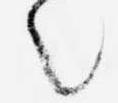
之